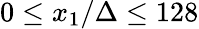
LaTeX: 0\leq x_{1}/\Delta\leq 128